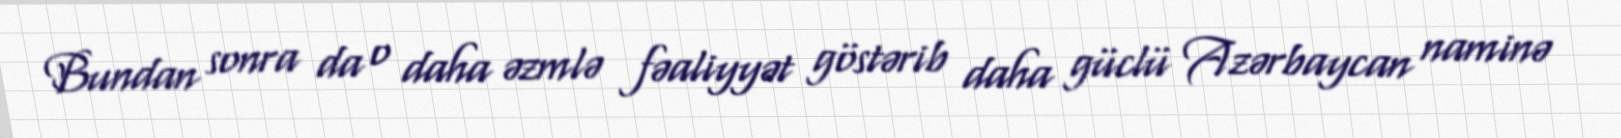
Bundan sonra da o daha əzmlə fəaliyyət göstərib daha güclü Azərbaycan naminə